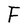
Character: F